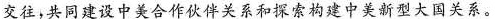
交往，共同建设中美合作伙伴关系和探索构建中美新型大国关系。